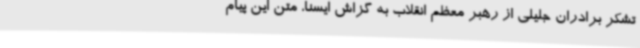
تشکر برادران جلیلی از رهبر معظم انقلاب به گزاش ایسنا، متن این پیام